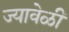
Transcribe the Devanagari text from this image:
ज्यावेळीं